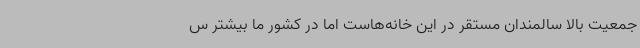
جمعیت بالا سالمندان مستقر در این خانه‌هاست اما در کشور ما بیشتر س